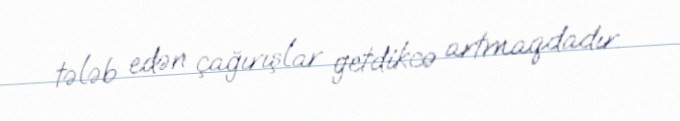
tələb edən çağırışlar getdikcə artmaqdadır.